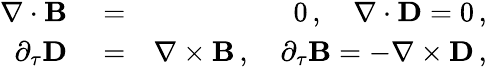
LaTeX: \begin{array}{rlr}{\nabla\cdot{\mathbf B}}&{{}=}&{0\, ,\quad\nabla\cdot{\mathbf D}=0\, ,}\\ {\partial_{\tau}{\mathbf D}}&{{}=}&{\nabla\times{\mathbf B}\, ,\quad\partial_{\tau}{\mathbf B}=-\nabla\times{\mathbf D}\, ,}\end{array}